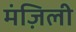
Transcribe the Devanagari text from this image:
मंज़िली